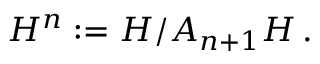
{ \cal H } ^ { n } : = { \cal H } / { \cal A } _ { n + 1 } { \cal H } \, .